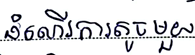
ដំណើរការតូចមួយ